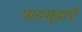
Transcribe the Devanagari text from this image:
पादमुद्राएँ